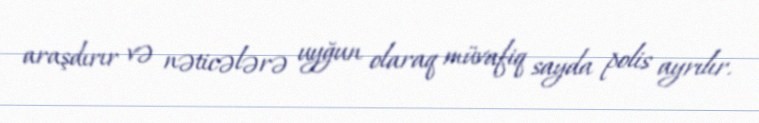
araşdırır və nəticələrə uyğun olaraq müvafiq sayda polis ayrılır.